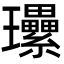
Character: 𤫤